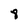
Character: 8